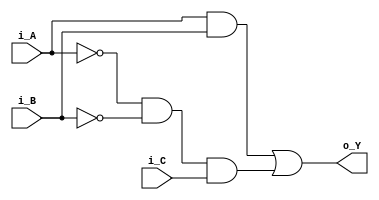
module schematic(i_A, i_B, i_C, o_Y);
	input i_A, i_B, i_C;
	output o_Y;
	
	assign o_Y = (i_A & i_B) | (~i_A & ~i_B & i_C);	
endmodule